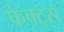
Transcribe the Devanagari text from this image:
फेक्ट्स